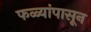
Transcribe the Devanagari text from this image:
फळ्यांपासून